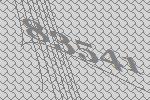
83541